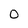
Character: 0